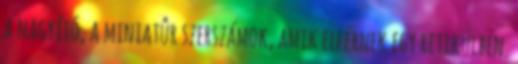
a nagyító, a miniatûr szerszámok, amik elférnek egy retikülben.